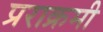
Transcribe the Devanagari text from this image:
प्रराक्रमी